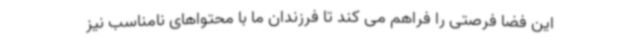
این فضا فرصتی را فراهم می کند تا فرزندان ما با محتواهای نامناسب نیز